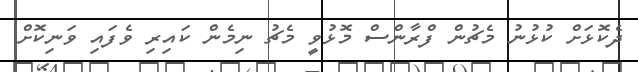
ދެކޮޅަށް ކުޅުނު މެޗުން ފްރާންސް މޮޅުވީ މެޗު ނިމެން ކައިރި ވެފައި ވަނިކޮށް